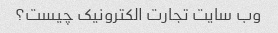
وب سایت تجارت الکترونیک چیست؟